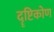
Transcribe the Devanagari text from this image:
दॄष्टिकोण